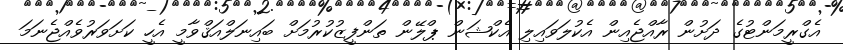
އެގްރީމަންޓުގެ ދަށުން ރާއްޖެއިން އެކުލަވައިލި އެކްޝަން ޕްލޭން ތަންފީޒުކުރުމަށް ބައިނަލްއަޤްވާމީ އެހީ ކަށަވަރުވެއްޖެނަމަ